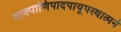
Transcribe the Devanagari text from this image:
वाक्पाणिपादपायूपस्थात्मने